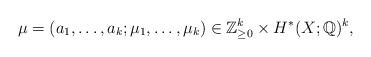
\begin{align*}\mu=(a_1,\dots,a_k;\mu_1,\dots,\mu_k)\in \mathbb{Z}_{\geq 0}^k\times H^*(X;\mathbb{Q})^k,\end{align*}